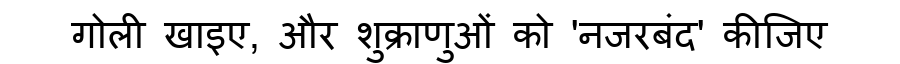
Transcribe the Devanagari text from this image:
गोली खाइए, और शुक्राणुओं को 'नजरबंद' कीजिए